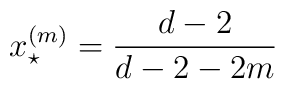
x^{(m)}_\star = \frac{d-2}{d-2-2m}